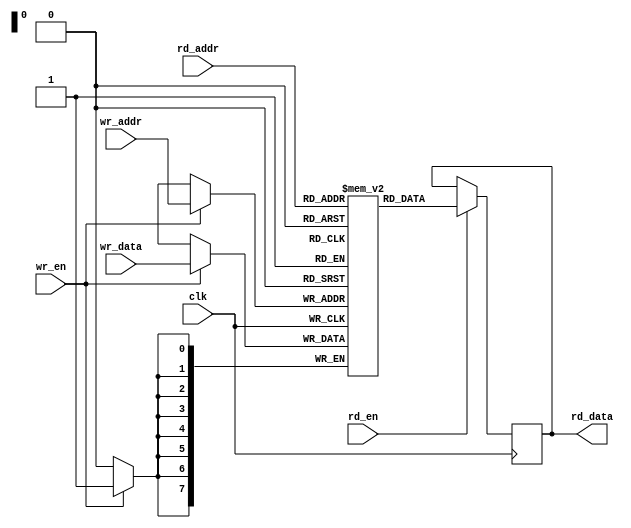
module memory(
    input clk,
    input wr_en,
    input [7:0] wr_data,
    input [7:0] wr_addr,
    input rd_en,
    input [7:0] rd_addr,
    output reg [7:0] rd_data
);

// Parameter declarations
parameter MEM_SIZE = 256; // 256 bytes of memory
parameter ADDR_WIDTH = 8; // 8-bit address bus
parameter DATA_WIDTH = 8; // 8-bit data bus

// Internal signal declarations
reg [DATA_WIDTH-1:0] mem[0:MEM_SIZE-1];

// Write operation
always @(posedge clk) begin
    if (wr_en) begin
        mem[wr_addr] <= wr_data;
    end
end

// Read operation
always @(posedge clk) begin
    if (rd_en) begin
        rd_data <= mem[rd_addr];
    end
end

endmodule